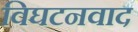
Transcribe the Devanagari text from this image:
विघटनवाद